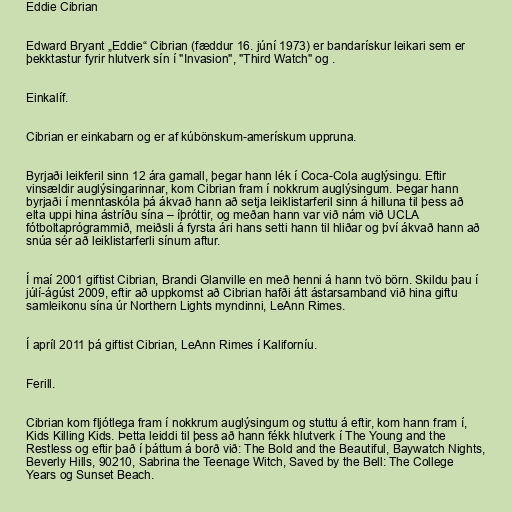
Eddie Cibrian

Edward Bryant „Eddie“ Cibrian (fæddur 16. júní 1973) er bandarískur leikari sem er
þekktastur fyrir hlutverk sín í "Invasion", "Third Watch" og .

Einkalíf.

Cibrian er einkabarn og er af kúbönskum-amerískum uppruna.

Byrjaði leikferil sinn 12 ára gamall, þegar hann lék í Coca-Cola auglýsingu. Eftir
vinsældir auglýsingarinnar, kom Cibrian fram í nokkrum auglýsingum. Þegar hann
byrjaði í menntaskóla þá ákvað hann að setja leiklistarferil sinn á hilluna til þess að
elta uppi hina ástríðu sína – íþróttir, og meðan hann var við nám við UCLA
fótboltaprógrammið, meiðsli á fyrsta ári hans setti hann til hliðar og því ákvað hann að
snúa sér að leiklistarferli sínum aftur.

Í maí 2001 giftist Cibrian, Brandi Glanville en með henni á hann tvö börn. Skildu þau í
júlí-ágúst 2009, eftir að uppkomst að Cibrian hafði átt ástarsamband við hina giftu
samleikonu sína úr Northern Lights myndinni, LeAnn Rimes.

Í apríl 2011 þá giftist Cibrian, LeAnn Rimes í Kaliforníu.

Ferill.

Cibrian kom fljótlega fram í nokkrum auglýsingum og stuttu á eftir, kom hann fram í,
Kids Killing Kids. Þetta leiddi til þess að hann fékk hlutverk í The Young and the
Restless og eftir það í þáttum á borð við: The Bold and the Beautiful, Baywatch Nights,
Beverly Hills, 90210, Sabrina the Teenage Witch, Saved by the Bell: The College
Years og Sunset Beach.